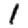
Digit: 1